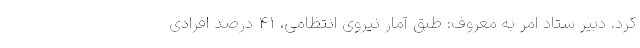
کرد. دبیر ستاد امر به معروف: طبق آمار نیروی انتظامی، ۴۱ درصد افرادی